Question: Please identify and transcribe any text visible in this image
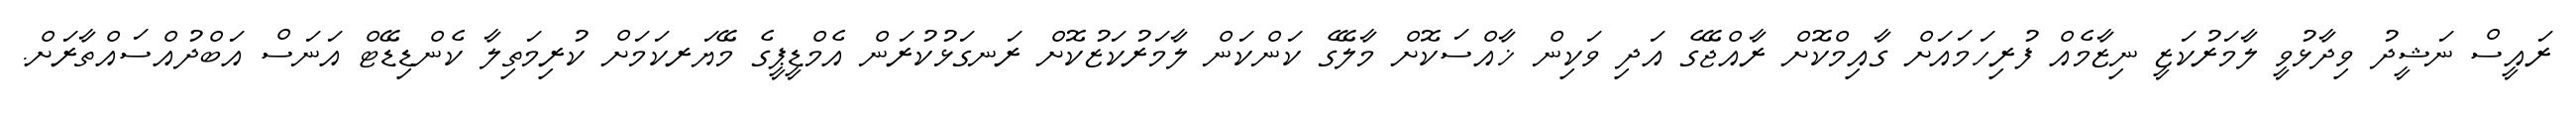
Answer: ރައީސް ނަޝީދު ވިދާޅުވީ ލާމަރުކަޒީ ނިޒާމެއް ފުރިހަމައަށް ގާއިމްކޮށް ރާއްޖޭގެ އަދި ވަކިން ޚާއްސަކޮށް މާލޭގެ ކަންކަން ލާމަރުކަޒުކޮށް ރަނގަޅުކުރަން އެމްޑީޕީގެ މޭޔަރކަމަށް ކުރިމަތިލާ ކެންޑިޑޭޓް އަނަސް އަބްދުއްސައްތާރަށް.